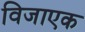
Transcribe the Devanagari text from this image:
विजाएक